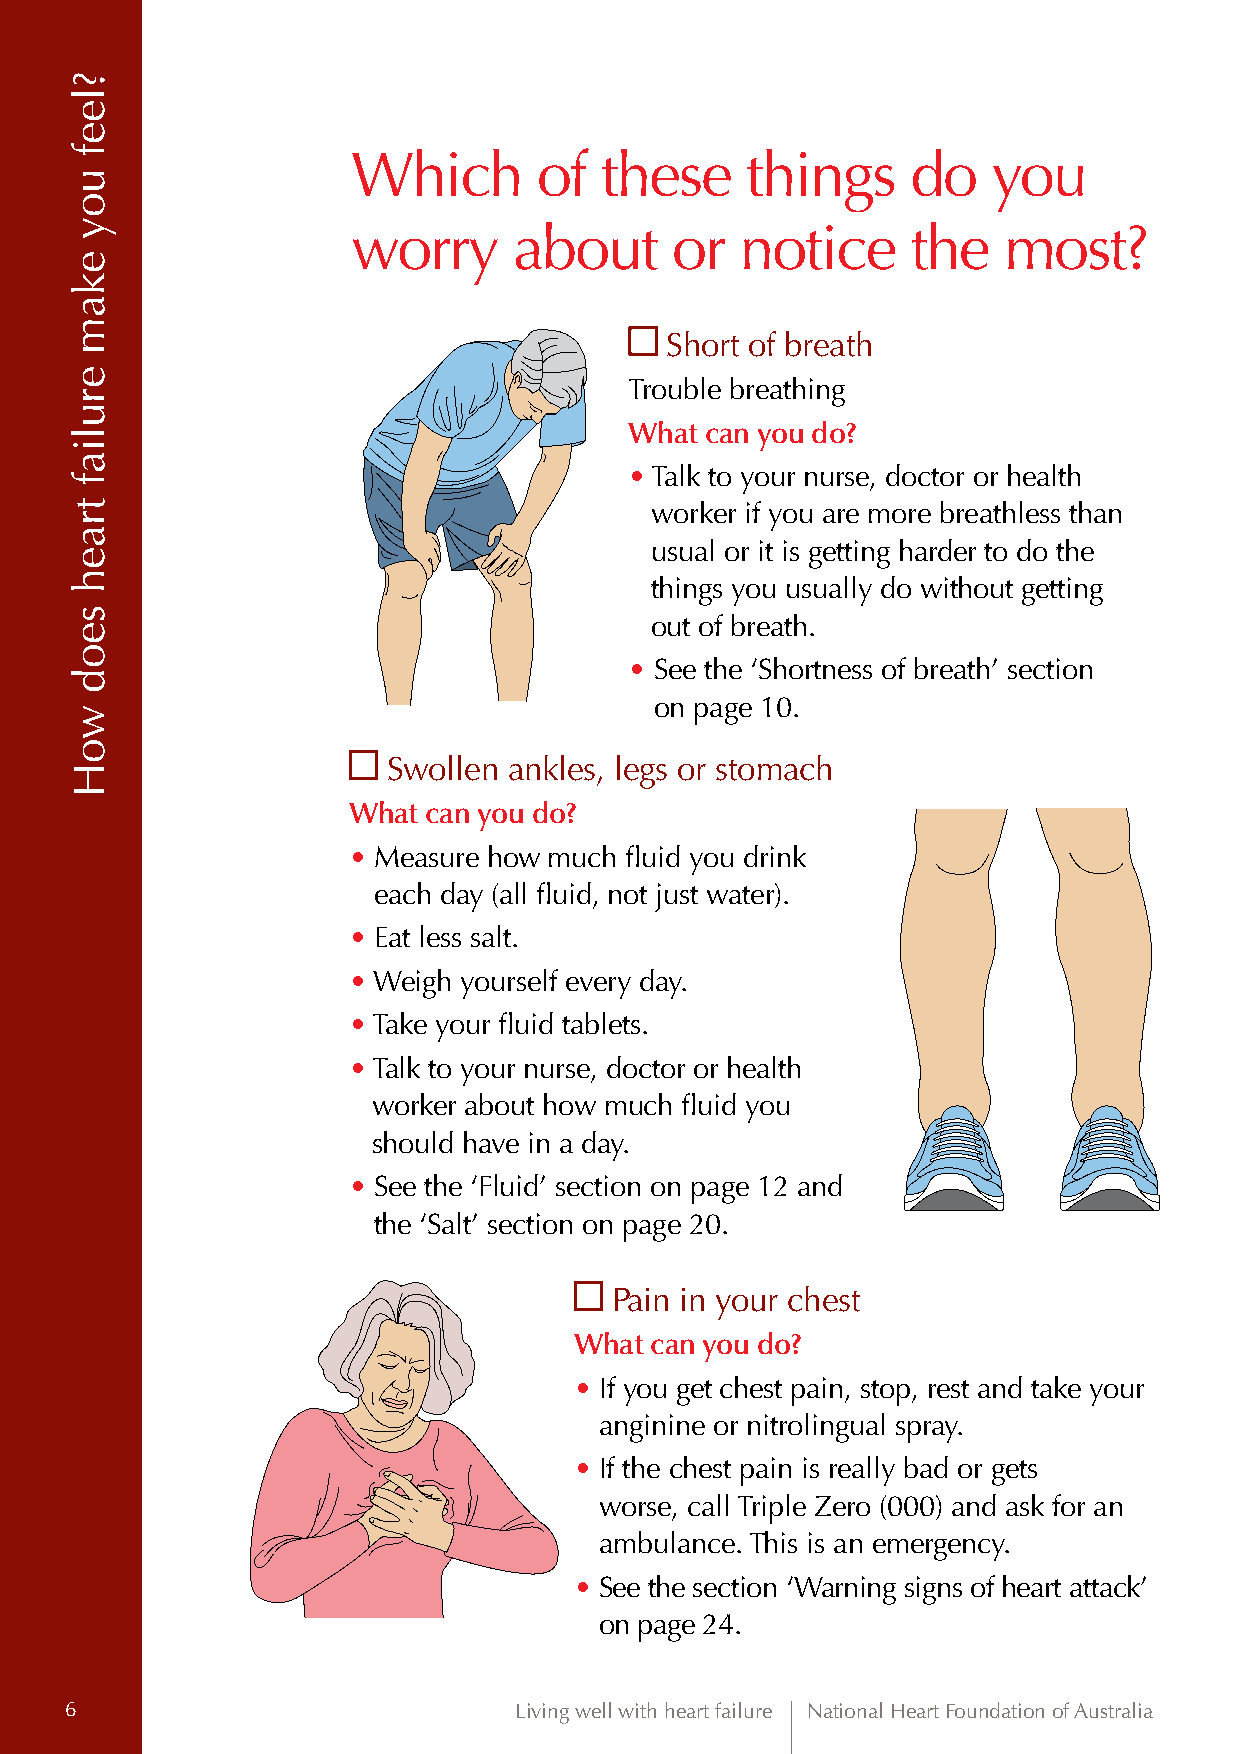
Which        of  these    things     do    you
 worry      about     or   notice     the   most?
 Short of breath
 Trouble breathing
 What can you do?
 • Talk to your nurse, doctor or health
 worker if you are more breathless than
 usual or it is getting harder to do the
 things you usually do without getting
 out of breath.
 • See the ‘Shortness of breath’ section
 on page 10.
 Swollen ankles, legs or stomach
 What can you do?
 • Measure how much fluid you drink
 each day (all fluid, not just water).
 • Eat less salt.
 • Weigh yourself every day.
 • Take your fluid tablets.
 • Talk to your nurse, doctor or health
 worker about how much fluid you
 should have in a day.
 • See the ‘Fluid’ section on page 12 and
 the ‘Salt’ section on page 20.
 Pain in your chest
 What can you do?
 • If you get chest pain, stop, rest and take your
 anginine or nitrolingual spray.
 • If the chest pain is really bad or gets
 worse, call Triple Zero (000) and ask for an
 ambulance. This is an emergency.
 • See the section ‘Warning signs of heart attack’
 on page 24.
 6                             Living well with heart failure National Heart Foundation of Australia
 ?leef
 uoy
 ekam
 eruliaf
 traeh
 seod
 woH